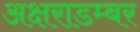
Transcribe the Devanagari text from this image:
अक्षराडम्बर